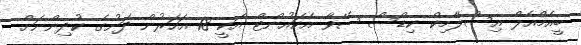
ބީއެމްއެލް އިސްލާމިކް ކިޑްސް ސޭވާ އެކައުންޓް އަކީ 18 އަހަރުން ދަށުގެ ކުދިންނަށް